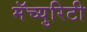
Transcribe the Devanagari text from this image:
मॅच्युरिटी